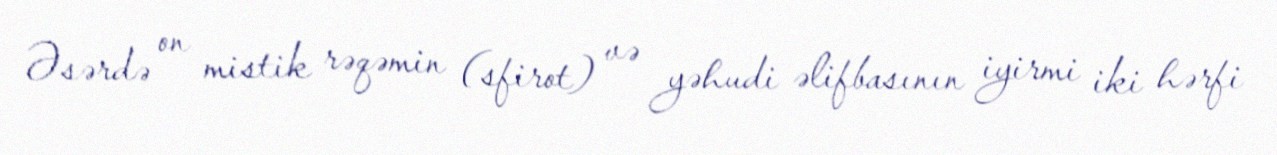
Əsərdə on mistik rəqəmin (sfirot) və yəhudi əlifbasının iyirmi iki hərfi